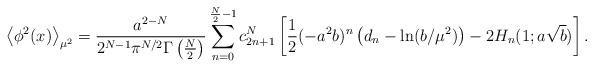
LaTeX: \begin{align*}\left<\phi^2(x)\right>_{\mu^2}=\frac{a^{2-N}}{2^{N-1}\pi^{N/2} \Gamma\left(\frac N2\right)}\sum_{n=0}^{\frac N2-1}c^N_{2n+1}\left[ {1\over 2}(-a^2b)^n\left( d_n-\ln(b/\mu^2)\right)-2H_n(1;a\sqrt b)\right].\end{align*}